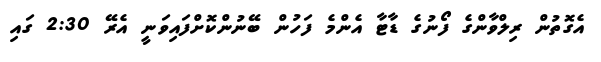
އެގޮތުން ރިލްވާންގެ ފޯނުގެ ޑާޓާ އެންމެ ފަހުން ބޭނުންކޮށްފައިވަނީީ އެރޭ 2:30 ގައި